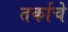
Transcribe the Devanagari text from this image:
तर्काचे